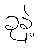
ခုနဲ့